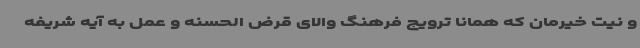
و نیت خیرمان که همانا ترویج فرهنگ والای قرض الحسنه و عمل به آیه شریفه